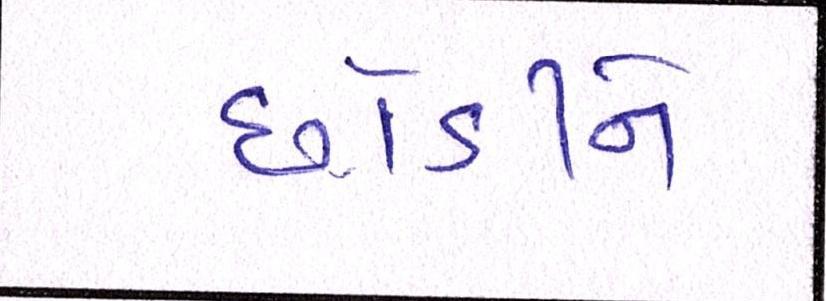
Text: છોડીને